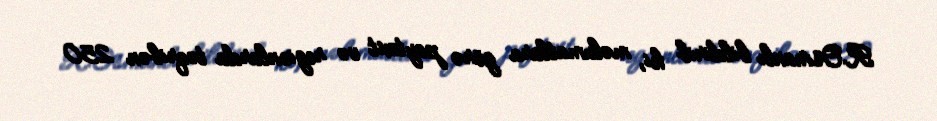
R.Osmanlı bildirib ki, məlumatlara görə paytaxt və regionlarda təqribən 250